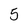
Character: 5